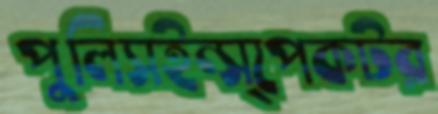
পুলিসইন্‌স্পেকটর